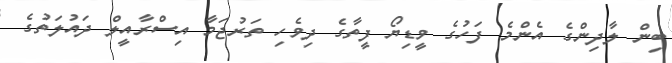
ބިން ލާދިންގެ އެންމެ ފަހުގެ ވީޑިޔޯ ފީތާގެ ދިވެހި ތަރުޖަމާ އިސްރާއީލް ދައުލަތުގެ